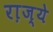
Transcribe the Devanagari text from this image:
रा़ज्ये